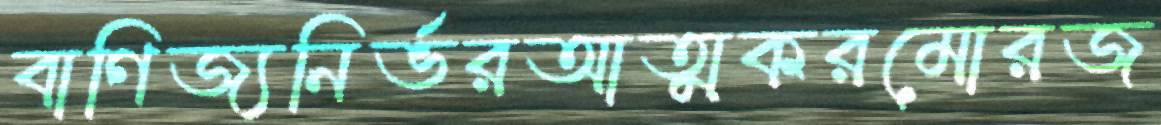
বাণিজ্যনির্ভরআত্মকরমোরজ